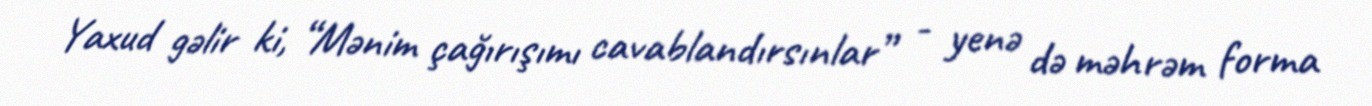
Yaxud gəlir ki, “Mənim çağırışımı cavablandırsınlar” - yenə də məhrəm forma